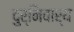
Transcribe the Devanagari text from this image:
दुर्निवार्य